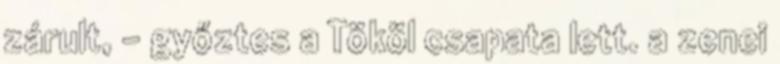
zárult, – győztes a Tököl csapata lett. a zenei